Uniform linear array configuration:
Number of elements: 48
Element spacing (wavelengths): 1
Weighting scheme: hann
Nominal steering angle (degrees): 45
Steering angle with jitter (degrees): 44.862
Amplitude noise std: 0.05
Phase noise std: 0.05

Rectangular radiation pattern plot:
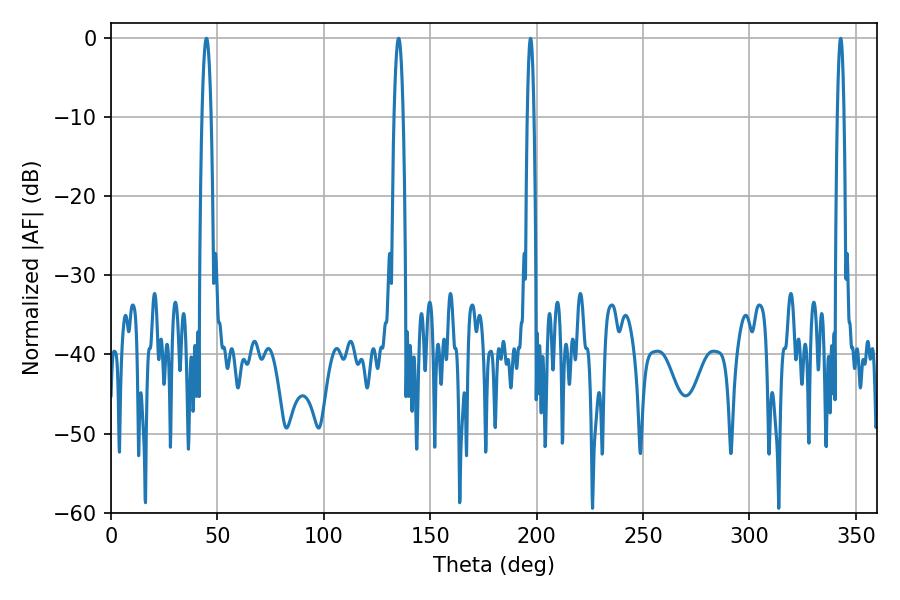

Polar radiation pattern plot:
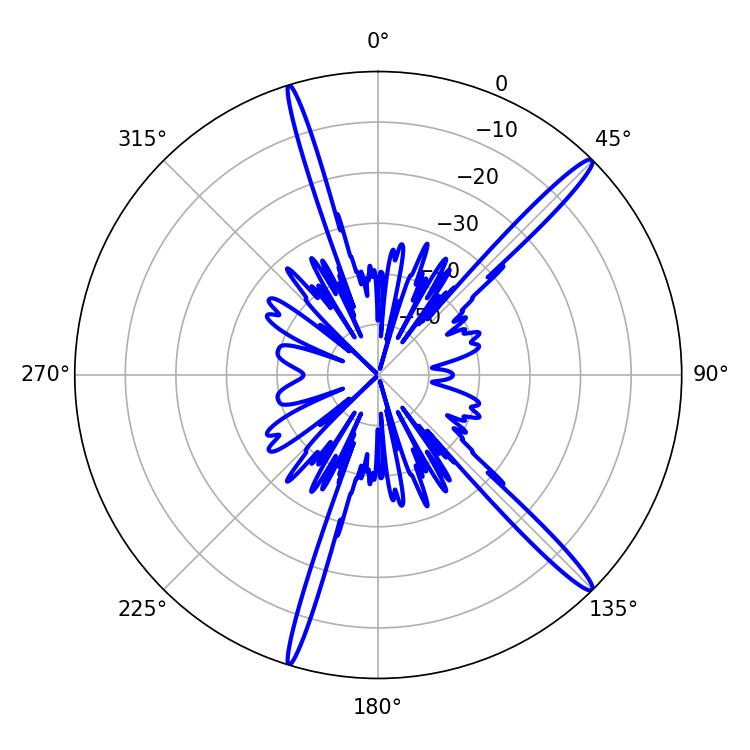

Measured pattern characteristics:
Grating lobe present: TRUE
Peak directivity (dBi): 16.584
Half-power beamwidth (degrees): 2.34
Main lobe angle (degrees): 44.82